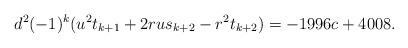
LaTeX: \begin{align*}d^2(-1)^k(u^2t_{k+1}+2rus_{k+2}-r^2t_{k+2})=-1996c+4008.\end{align*}